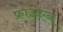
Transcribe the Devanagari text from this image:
फ्राऊएन